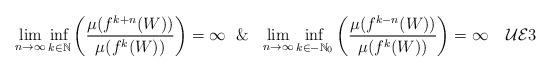
LaTeX: \begin{align*} \lim_{n \rightarrow \infty} \inf _{k \in {\mathbb N}} \left (\frac{\mu(f^{k+n}(W))}{\mu(f^{k}(W))}\right ) = \infty \ \ \& \ \ \lim_{n \rightarrow \infty} \inf_{k \in -{\mathbb N}_0} \left (\frac{\mu(f^{k-n}(W))}{\mu(f^{k}(W))}\right ) = \infty \tag*{$\mathcal{UE}3$}\end{align*}